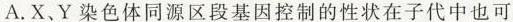
A.X、Y染色体同源区段基因控制的性状在子代中也可